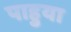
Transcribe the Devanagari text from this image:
पाहुया